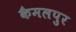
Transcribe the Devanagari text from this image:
कैमलपुर